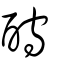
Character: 酧